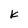
Character: k